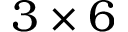
3 \times 6